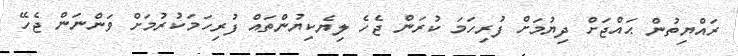
ރައްޔިތުން ޙައްޖަށް ދިޔުމަށް ފުރިހަމަ ކުރަން ޖެހެ ލިޔެކިޔުންތައް ފުރިހަމަކުރުމަށް ވަންނަން ޖެހޭ